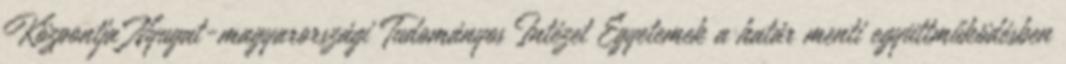
Központja Nyugat-magyarországi Tudományos Intézet Egyetemek a határ menti együttműködésben